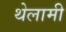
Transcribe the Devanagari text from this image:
थेलामी